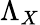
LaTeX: \Lambda_{X}